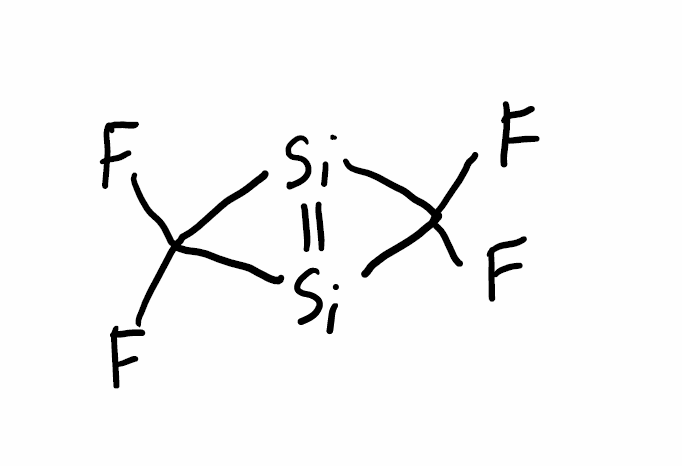
Simplified molecular-input line-entry system (SMILES) notation of the given molecule:
C1([Si]2=[Si]1C2(F)F)(F)F